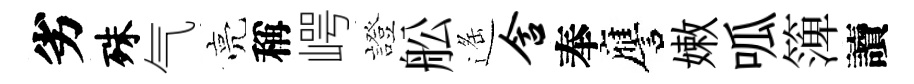
劣殊气亮稱崿證舩遥含奉譍嫩呱𥱼讀